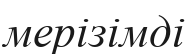
мерізімді